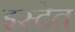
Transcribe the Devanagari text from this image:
इस्टेत